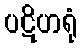
ပဋိဟရုံ